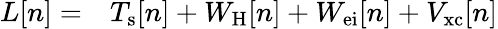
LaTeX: \begin{array}{rl}{L[n]=}&{{}T_{\mathrm{s}}[n]+W_{\mathrm{H}}[n]+W_{\mathrm{ei}}[n]+V_{\mathrm{xc}}[n]}\end{array}